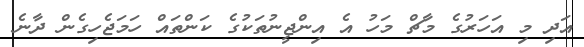
އަދި މި އަހަރުގެ މާޗް މަހު އެ އިންޖީނުތަކުގެ ކަންތައް ހަމަޖެހިގެން ދާނެ